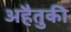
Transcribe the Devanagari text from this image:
अहैतुकी